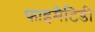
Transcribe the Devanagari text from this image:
फाइमैटिडी